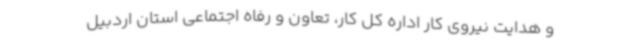
و هدایت نیروی کار اداره کل کار، تعاون و رفاه اجتماعی استان اردبیل